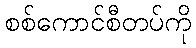
စစ်ကောင်စီတပ်ကို